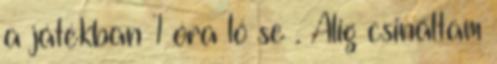
a játékban 1 óra ló se . Alig csináltam